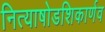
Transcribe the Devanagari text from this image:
नित्याषोडशिकार्णव